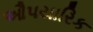
ઔપયારિક